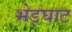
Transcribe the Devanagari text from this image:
भेड़घाट